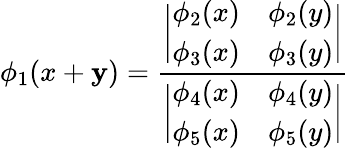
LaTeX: \phi_{1}(x+\mathbf{y})={\frac{{\biggl|\begin{array}{ll}{{\phi_{2}(x)}}&{{\phi_{2}(y)}}\\ {{\phi_{3}(x)}}&{{\phi_{3}(y)}}\end{array}\biggr|}}{{\biggl|\begin{array}{ll}{{\phi_{4}(x)}}&{{\phi_{4}(y)}}\\ {{\phi_{5}(x)}}&{{\phi_{5}(y)}}\end{array}\biggr|}}}